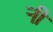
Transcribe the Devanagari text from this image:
र्‍ाी